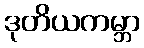
ဒုတိယကမ္ဘာ